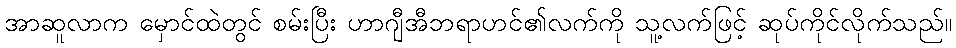
အာဆူလာက မှောင်ထဲတွင် စမ်းပြီး ဟာဂျီအီဘရာဟင်၏လက်ကို သူ့လက်ဖြင့် ဆုပ်ကိုင်လိုက်သည်။